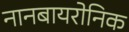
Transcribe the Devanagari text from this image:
नानबायरोनिक